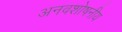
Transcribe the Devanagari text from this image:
अनवशोषनीय